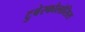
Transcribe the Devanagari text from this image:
टुबेरकोलोसिस